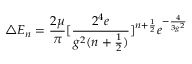
\triangle E _ { n } = \frac { 2 \mu } { \pi } [ \frac { 2 ^ { 4 } e } { g ^ { 2 } ( n + \frac { 1 } { 2 } ) } ] ^ { n + \frac { 1 } { 2 } } e ^ { - \frac { 4 } { 3 g ^ { 2 } } }